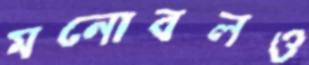
মনোবলও